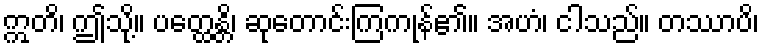
ဣတိ၊ ဤသို့။ ပတ္ထေန္တိ၊ ဆုတောင်းကြကုန်၏။ အဟံ၊ ငါသည်။ တဿာပိ၊